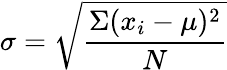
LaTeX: \sigma={\sqrt{\frac{\Sigma(x_{i}-\mu)^{2}}{N}}}